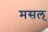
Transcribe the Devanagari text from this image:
मसल्‌